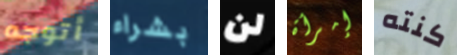
أتوجه بشراء لن إمرأة كنته